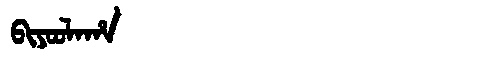
Manchu: ᠪᡳᠶᠣᠣᠯᠠᡥᠠ
Romanization: BIYOOLAHA